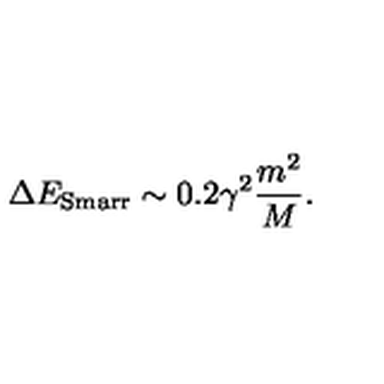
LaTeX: \Delta E _ { \mathrm { S m a r r } } \sim 0 . 2 \gamma ^ { 2 } \frac { m ^ { 2 } } { M } .